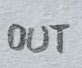
Text: OUT